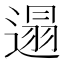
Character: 遢